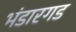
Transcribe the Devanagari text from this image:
भंडारगड